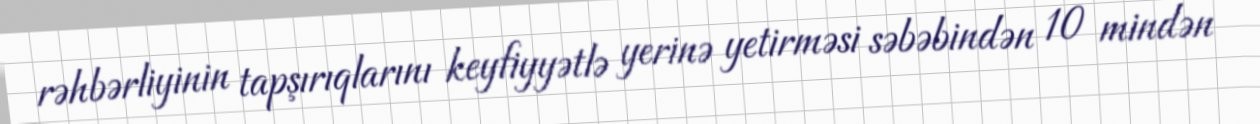
rəhbərliyinin tapşırıqlarını keyfiyyətlə yerinə yetirməsi səbəbindən 10 mindən